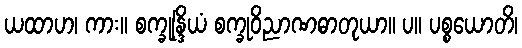
ယထာဟ၊ ကား။ စက္ခုန္ဒြိယံ စက္ခုဝိညာဏဓာတုယာ။ ပ။ ပစ္စယောတိ၊